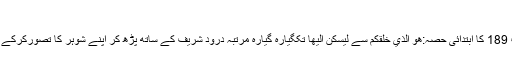
(جاری ہے) ہ
شوہر محبت نہیں کرتے ،توجہ نہیں دیتے:رات سونے سے پہلے 101مرتبہ سورۂ اعراف (7)کی آیت 189 کا ابتدائی حصہ:هو الذي خلقكم سے ليسكن اليها تکگیارہ گیارہ مرتبہ درود شریف کے ساتھ پڑھ کر اپنے شوہر کا تصورکرکے دم کردیں اوردعاکریں کہ انہیں آپ کے ساتھ محبت اورحسن سلوک کے ساتھ رہنے کی توفیق عطا ہو۔